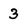
Character: 3